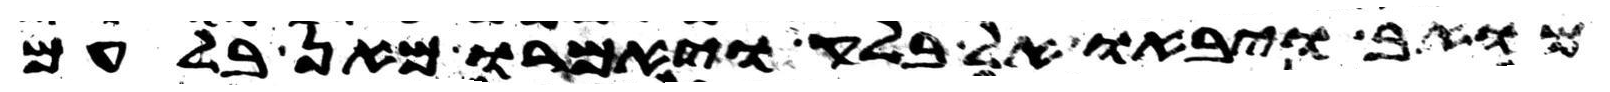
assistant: מואב ויבאו אל בלק ויאמרו מאן בלעם